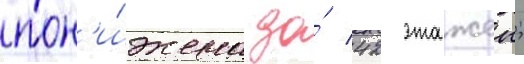
пон'и́жена до́ 42 этажеи;